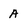
Character: A